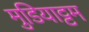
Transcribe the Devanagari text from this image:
मुडियाट्टम